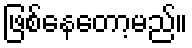
ဖြစ်နေတော့မည်။